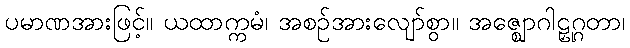
ပမာဏအားဖြင့်။ ယထာက္ကမံ၊ အစဉ်အားလျော်စွာ။ အဇ္ဈောဂါဠှုဂ္ဂတာ၊